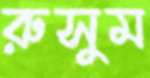
রুসুম